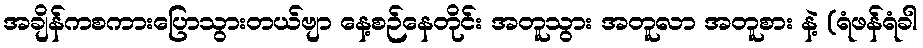
အချိန်ကစကားပြောသွားတယ်ဗျာ နေ့စဉ်နေတိုင်း အတူသွား အတူလာ အတူစား နဲ့ (ရံဖန်ရံခါ